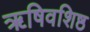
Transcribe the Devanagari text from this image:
ॠषिवशिष्ठ